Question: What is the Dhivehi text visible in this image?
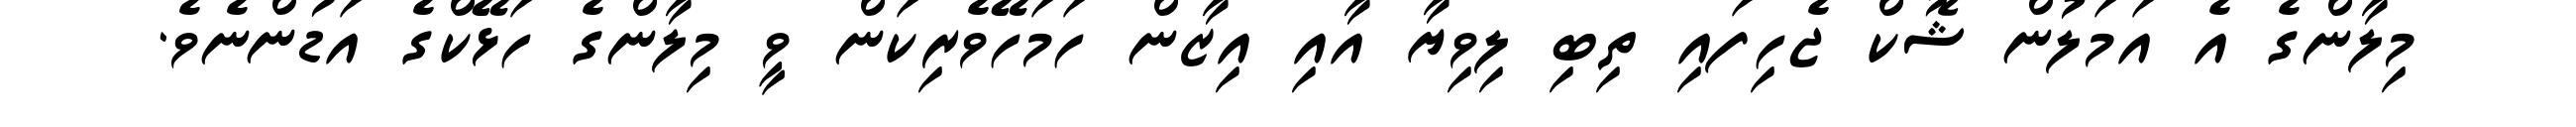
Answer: މިލާންގެ އެ އަމަލުން ޝޮކް ޖެހިފައި ތިބި ލިވިޔާ އާއި އިޒާން ހަމަހޭވެރިކަން ވީ މިލާންގެ ހަޅޭކްގެ އަޑުންނެވެ.